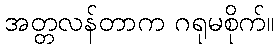
အတ္တလန်တာက ဂရုမစိုက်။